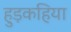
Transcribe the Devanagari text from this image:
हुड़कहिया